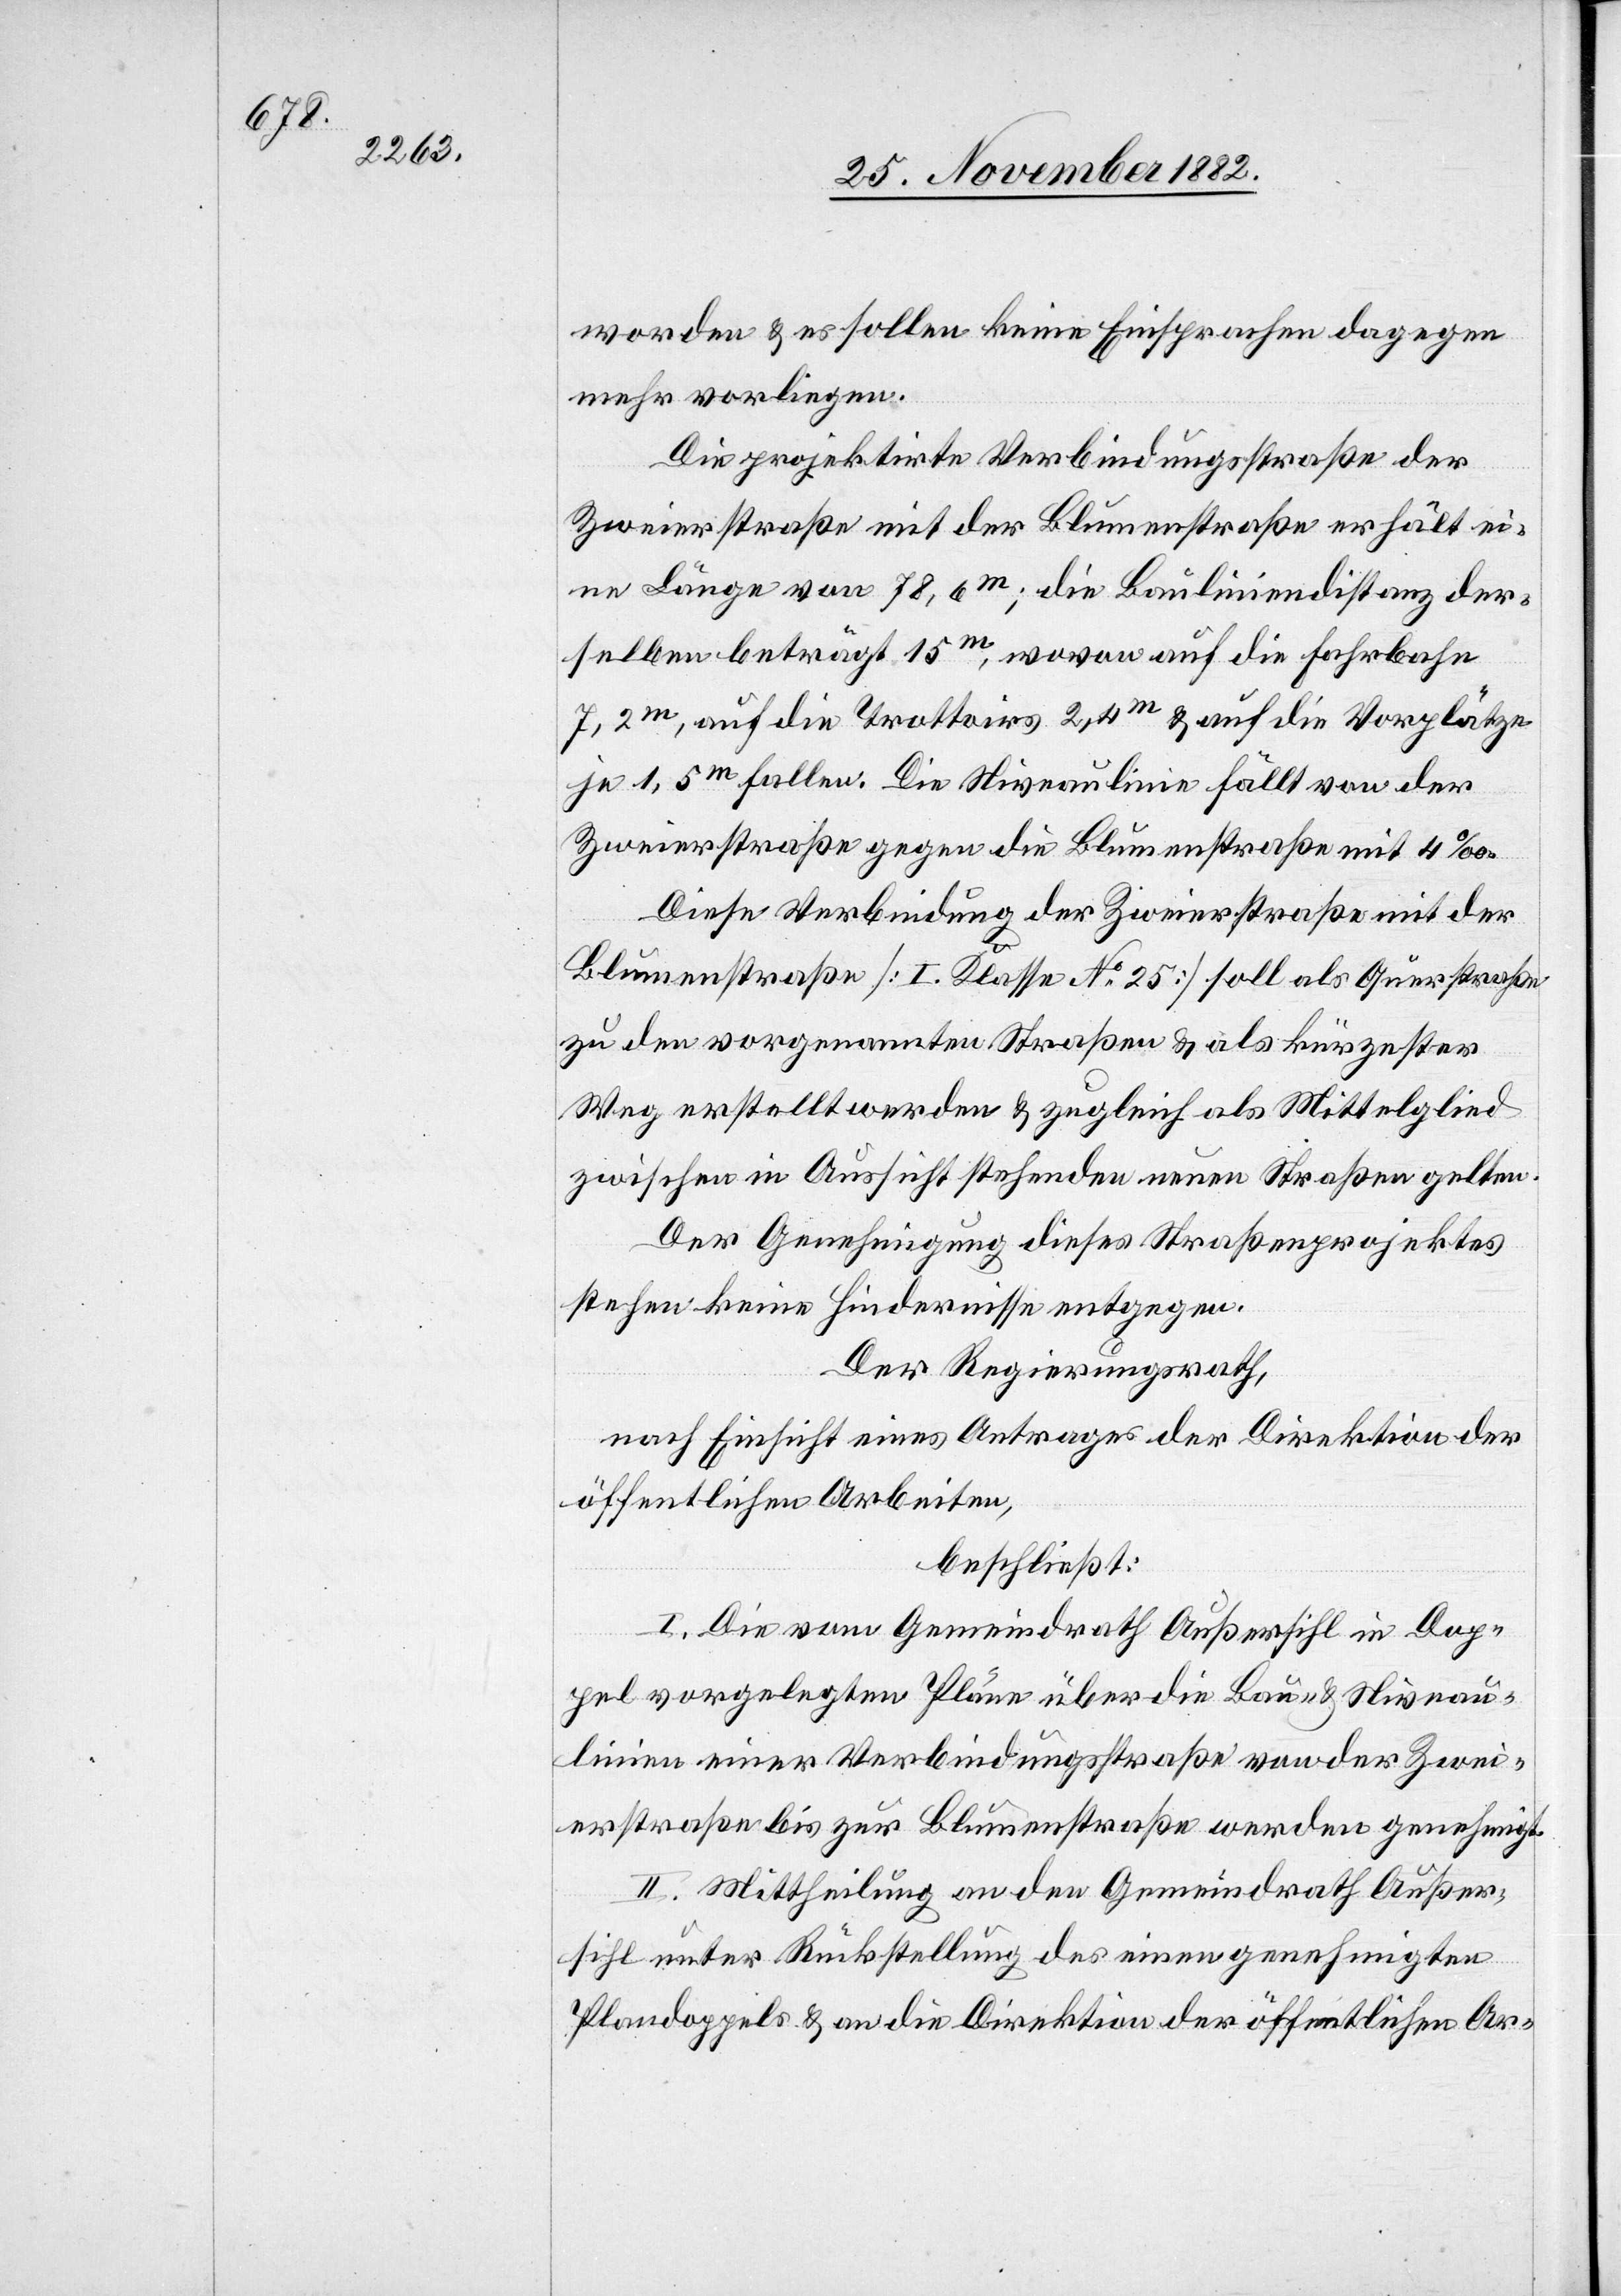
worden & es sollen keine Einsprachen dagegen
mehr vorliegen.
Die projektirte Verbindungsstraße der
Zweierstraße mit der Blumenstraße erhält ei¬
ne Länge von 78,6m; die Bauliniendistanz der¬
selben beträgt 15m, wovon auf die Fahrbahn
Dop¬
7,2m, auf die Trottoirs 2,4m & auf die Vorplätze
je 1,5m fallen. Die Niveaulinie fällt von der
Zweierstraße gegen die Blumenstraße mit 4‰.
Diese Verbindung der Zweierstraße mit der
Blumenstraße [I. Klasse No 25] soll als Querstraße
zu den vorgenannten Straßen & als kürzester
Weg erstellt werden & zugleich als Mittelglied
zwischen in Aussicht stehenden neuen Straßen gelten.
Der Genehmigung dieses Straßenprojektes
stehen keine Hindernisse entgegen.
Der Regierungsrath,
nach Einsicht eines Antrages der Direktion der
öffentlichen Arbeiten,
beschließt:
I. Die vom Gemeindrath Außersihl in [re¬
pel vorgelegten Pläne über die Bau- & Niveau¬
linien einer Verbindungsstraße von der Zwei¬
erstraße bis zur Blumenstraße werden genehmigt.
II. Mittheilung an den Gemeindrath Außer¬
sihl unter Rückstellung des einen genehmigten
Plandoppels & an die Direktion der öffentlichen Ar-